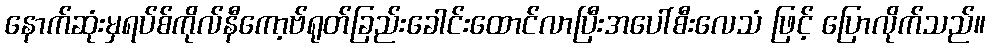
နောက်ဆုံးမှရပ်စ်ကိုလ်နီကော့ဗ်ရုတ်ခြည်းခေါင်းထောင်လာပြီးအပေါ်စီးလေသံ ဖြင့် ပြောလိုက်သည်။